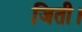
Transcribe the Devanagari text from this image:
जिती।